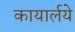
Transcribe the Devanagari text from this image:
कायार्लये